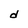
Character: d